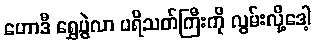
ဟောဒီ ရွှေပွဲလာ ပရိသတ်ကြီးကို လွမ်းလို့ဒေါ့